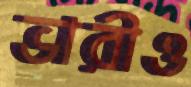
ভারীও